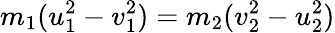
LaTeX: m_{1}(u_{1}^{2}-v_{1}^{2})=m_{2}(v_{2}^{2}-u_{2}^{2})